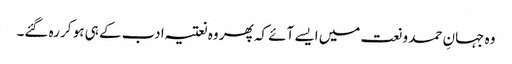
وہ جہانِ حمد و نعت میں ایسے آئے کہ پھر وہ نعتیہ ادب کے ہی ہو کر رہ گئے۔